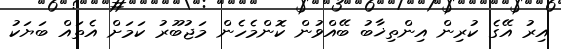
އިރު އޭގެ ކުރިން އިންތިޚާބު ބޭއްވުން ކޮންމެހެން މަޖުބޫރު ކަމަށް އެތައް ބަޔަކު